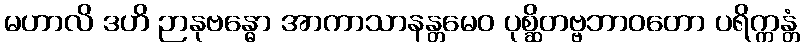
မဟာလိ ဒဟိ ဉာနုဗန္ဓော အာကာသာနန္တမေဝ ပုစ္ဆိတဗ္ဗဘာဝတော ပရိက္ကန္တံ